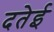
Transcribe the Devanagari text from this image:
दतेई